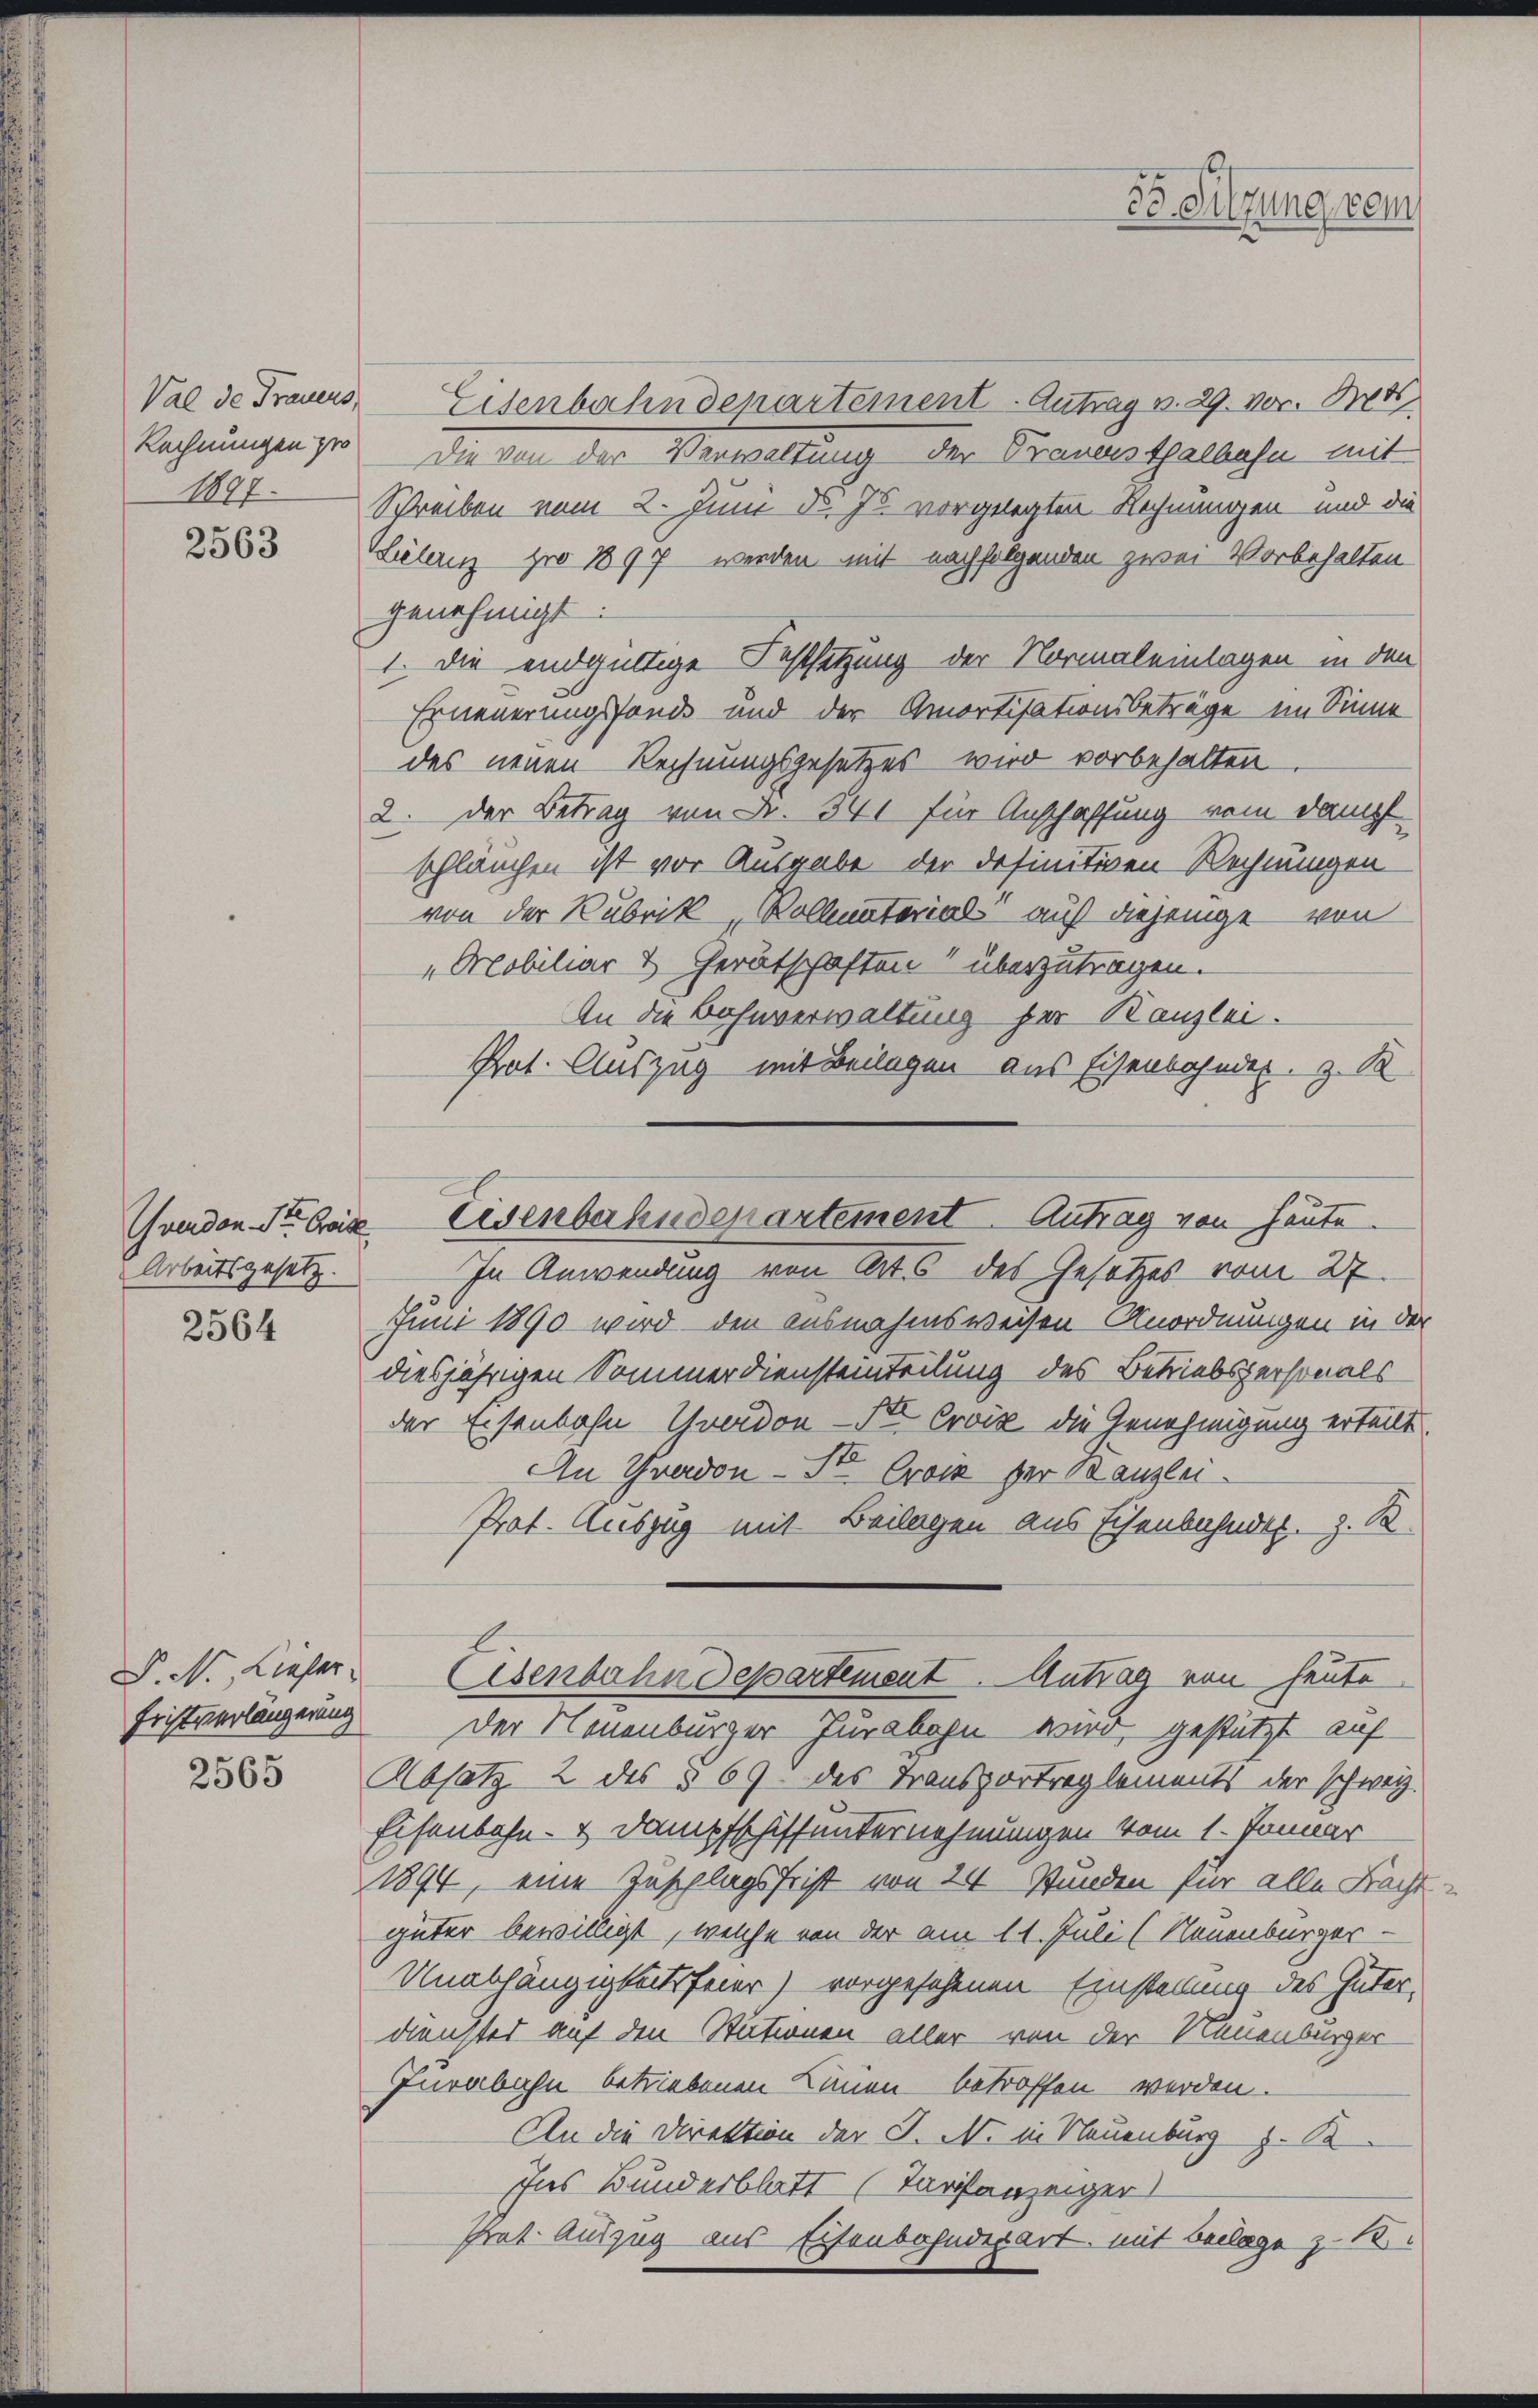
Rechnungen pro

2563

Wwenden St. Greise
Arbeitsgesetz.

2564

P. Nr. Liefer

2565

Val de Frauers, Eisenbahndepartement. Antrag v. 29. vor. Bet
Die den der Verwaltung der Frauenstpalassen mit
1897 Schreiben vom 2. Juni d. Js. vorgelegten Rechnungen und die
Hülernz pro 1897 werden mit nachfolgenden zwei Vorbehalten
genehmigt.
1. die endgültige Festsetzung der Normaleinlagen in den
Erneuerungsfonds und der Amortisationsbeträge im Sinne
des neuen Rechnungsgesetzes wird vorbehalten
2. Der Betrag von Fr. 341 für Anschaffung vom Dampf
schläuchen ist vor Ausgabe der definitiven Rechnungen
von der Rubrik, Kollmaterial auf diejenige von
"Mobiliar & Gerätschaften überzutragen.
An die Bahnverwaltung der Kanzlei.
Prot. Auszug mit Beilagen aus Eisenbahndes. z. B

Eisenbahndepartement. Antrag von heute.

In Anwendung von Art. 6 des Gesetzes vom 27.
Juni 1890 wird den ausnahmsweisen Anordnungen in der
diesjährigen Sommerdiensteinteilung des Betriebspersonals
der Eisenbahn Yverdon St. Croix die Genehmigung erteilt
An Gradon - St. Crock der Banzlei-
Prot. Auszug mit Beilagen aus Eisenbahndtl. z. B.
Fristverlängung der Neuenburger Jurabahn wird, gestützt auf
Absatz 2 des § 69. des Transportreglements der schweiz.
Eisenbahn- & Dampfschiffunternehmungen vom 1. Januar
1894, eine Zuschlagsfrist von 24 Stunden für alle Nacht
güter bewilligt, welche von der am 11. Juli (Neuenburger -
Unabhängigkeitsfeier) vorgesehenen Einstellung des Güter-
dienster auf den Stictionen aller von der Neuenburger
Iurabahn betriebenen Linien betroffen werden.
An die Direktion der J. N. in Neuenburg z. B.
Ins Bunderblatt (Taristanzeiger
Irat- Auszug aus Eisenbahnderart, mit Beilage z. B.

35. Silzung vom

Eisenbahndepartement. Antrag von heute